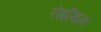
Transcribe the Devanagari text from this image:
रोइसिन